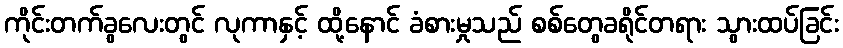
ကိုင်းတက်ခွလေးတွင် လုကာနှင့် ထို့နောင် ခံစားမှုသည် စစ်တွေခရိုင်တရား သွားထပ်ခြင်း